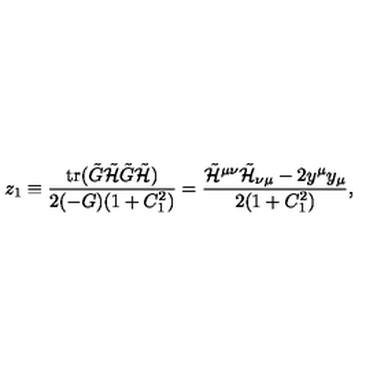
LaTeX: z _ { 1 } \equiv \frac { \mathrm { t r } ( \tilde { G } \tilde { { \cal H } } \tilde { G } \tilde { { \cal H } } ) } { 2 ( - G ) ( 1 + C _ { 1 } ^ { 2 } ) } = \frac { \tilde { { \cal H } } ^ { \mu \nu } \tilde { { \cal H } } _ { \nu \mu } - 2 y ^ { \mu } y _ { \mu } } { 2 ( 1 + C _ { 1 } ^ { 2 } ) } ,